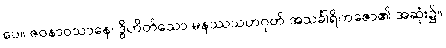
ပေ။ ဇဝနာဝသာနေ၊ ဒွိဟိတ်သော မနဿသဟဂုတ် အသင်္ခါရိကဇော၏ အဆုံး၌။